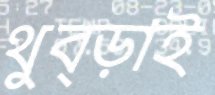
থুব্‌ড়াই